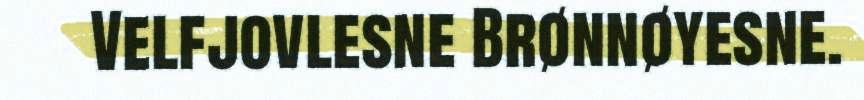
Velfjovlesne Brønnøyesne.